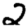
Digit: 2